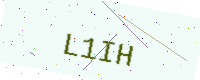
Text: L1IH